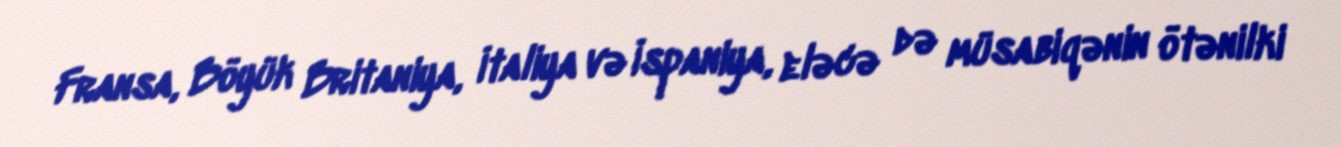
Fransa, Böyük Britaniya, İtaliya və İspaniya, eləcə də müsabiqənin ötənilki